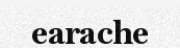
earache